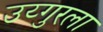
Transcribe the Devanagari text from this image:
उय्गुरला